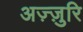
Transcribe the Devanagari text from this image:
अज़्ज़ुरि